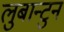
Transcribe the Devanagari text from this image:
लुबान्टुन